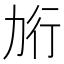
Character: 𰅎